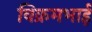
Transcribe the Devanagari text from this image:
विक्रमभाई